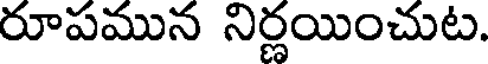
రూపమున నిర్ణయించుట.